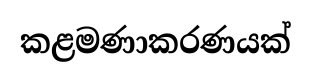
කළමණාකරණයක්